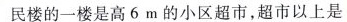
民楼的一楼是高6m的小区超市，超市以上是